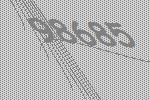
98685